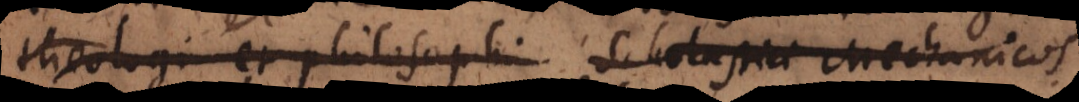
theologi et philosophi Scholastici Mechanicos